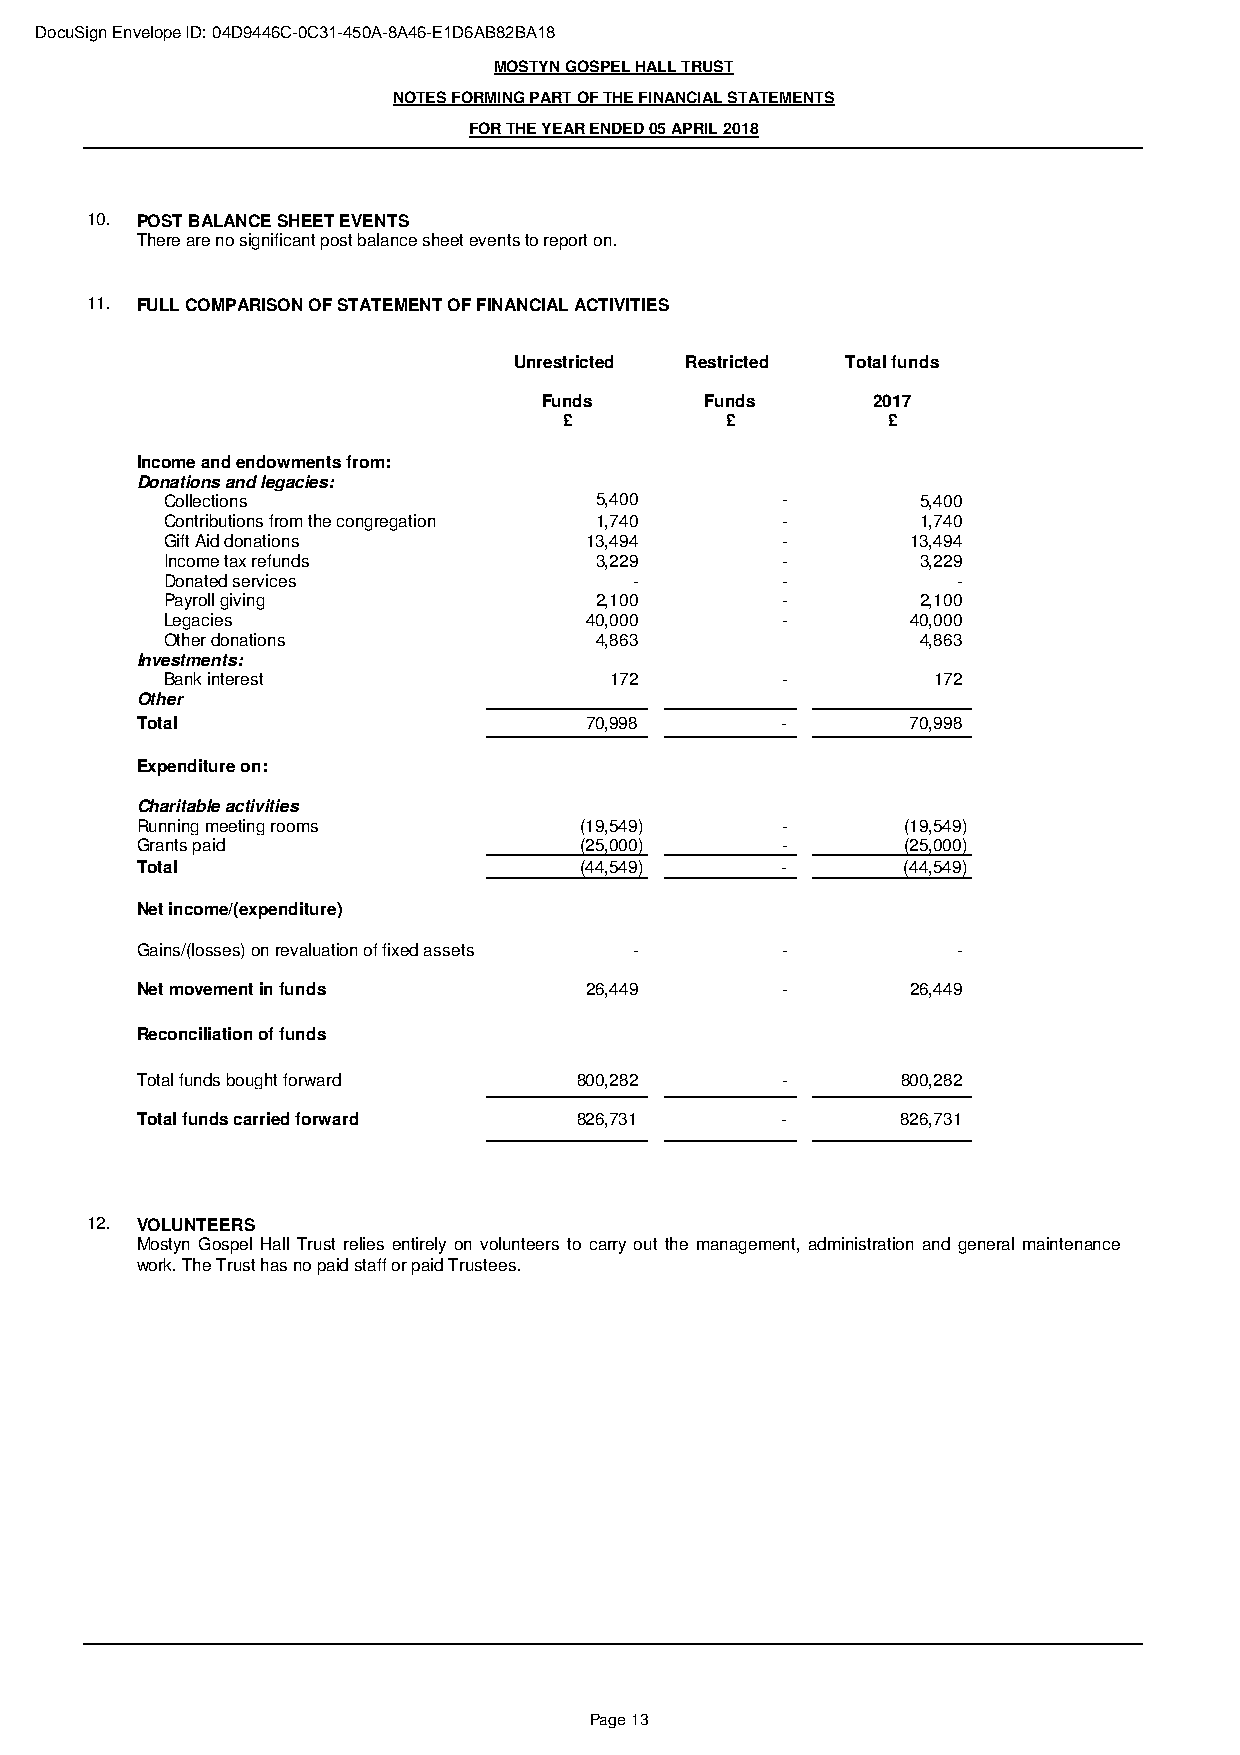
DocuSign Envelope ID: 04D9446C-0C31-450A-8A46-E1D6AB82BA18
 MOSTYN GOSPEL HALL TRUST
 NOTES FORMING PART OF THE FINANCIAL STATEMENTS
 FOR THE YEAR ENDED 05 APRIL 2018
 10. POST BALANCE SHEET EVENTS
 There are no significant post balance sheet events to report on.
 11. FULL COMPARISON OF STATEMENT OF FINANCIAL ACTIVITIES
 Unrestricted Restricted Total funds
 Funds      Funds      2017
 £          £          £
 Income and endowments from:
 Donations and legacies:
 Collections                 5,400        -        5,400
 Contributions from the congregation 1,740 -       1,740
 Gift Aid donations          13,494       -       13,494
 Income tax refunds          3,229        -        3,229
 Donated services               -         -          -
 Payroll giving              2,100        -        2,100
 Legacies                    40,000       -       40,000
 Other donations             4,863                 4,863
 Investments:
 Bank interest                172         -         172
 Other
 Total                         70,998       -       70,998
 Expenditure on:
 Charitable activities
 Running meeting rooms        (19,549)      -       (19,549)
 Grants paid                  (25,000)      -       (25,000)
 Total                        (44,549)      -       (44,549)
 Net income/(expenditure)
 Gains/(losses) on revaluation of fixed assets - -     -
 Net movement in funds         26,449       -       26,449
 Reconciliation of funds
 Total funds bought forward   800,282       -       800,282
 Total funds carried forward  826,731       -       826,731
 12. VOLUNTEERS
 Mostyn Gospel Hall Trust relies entirely on volunteers to carry out the management, administration and general maintenance
 work. The Trust has no paid staff or paid Trustees.
 Page 13